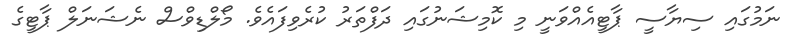
ނަމުގައި ސިޔާސީ ޕާޓީއެއްވަނީ މި ކޮމިޝަނުގައި ދަފްތަރު ކުރެވިފައެވެ. މޯލްޑިވްސް ނެޝަނަލް ޕާޓީގެ